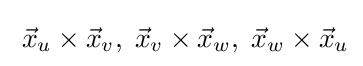
\;{\vec {x}}_{u}\times {\vec {x}}_{v},\;{\vec {x}}_{v}\times {\vec {x}}_{w},\;{\vec {x}}_{w}\times {\vec {x}}_{u}